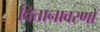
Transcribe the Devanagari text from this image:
वितानावरणों